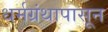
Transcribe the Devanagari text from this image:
धर्मग्रंथापासून